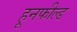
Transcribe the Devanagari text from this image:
हूनफील्ड